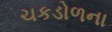
ચકડોળના